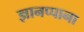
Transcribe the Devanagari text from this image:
ज्ञानप्पाना